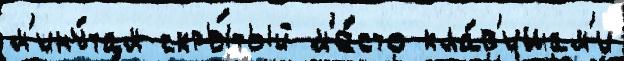
м'ину́там скры́тый м'е́сто кла́в'ишам'и